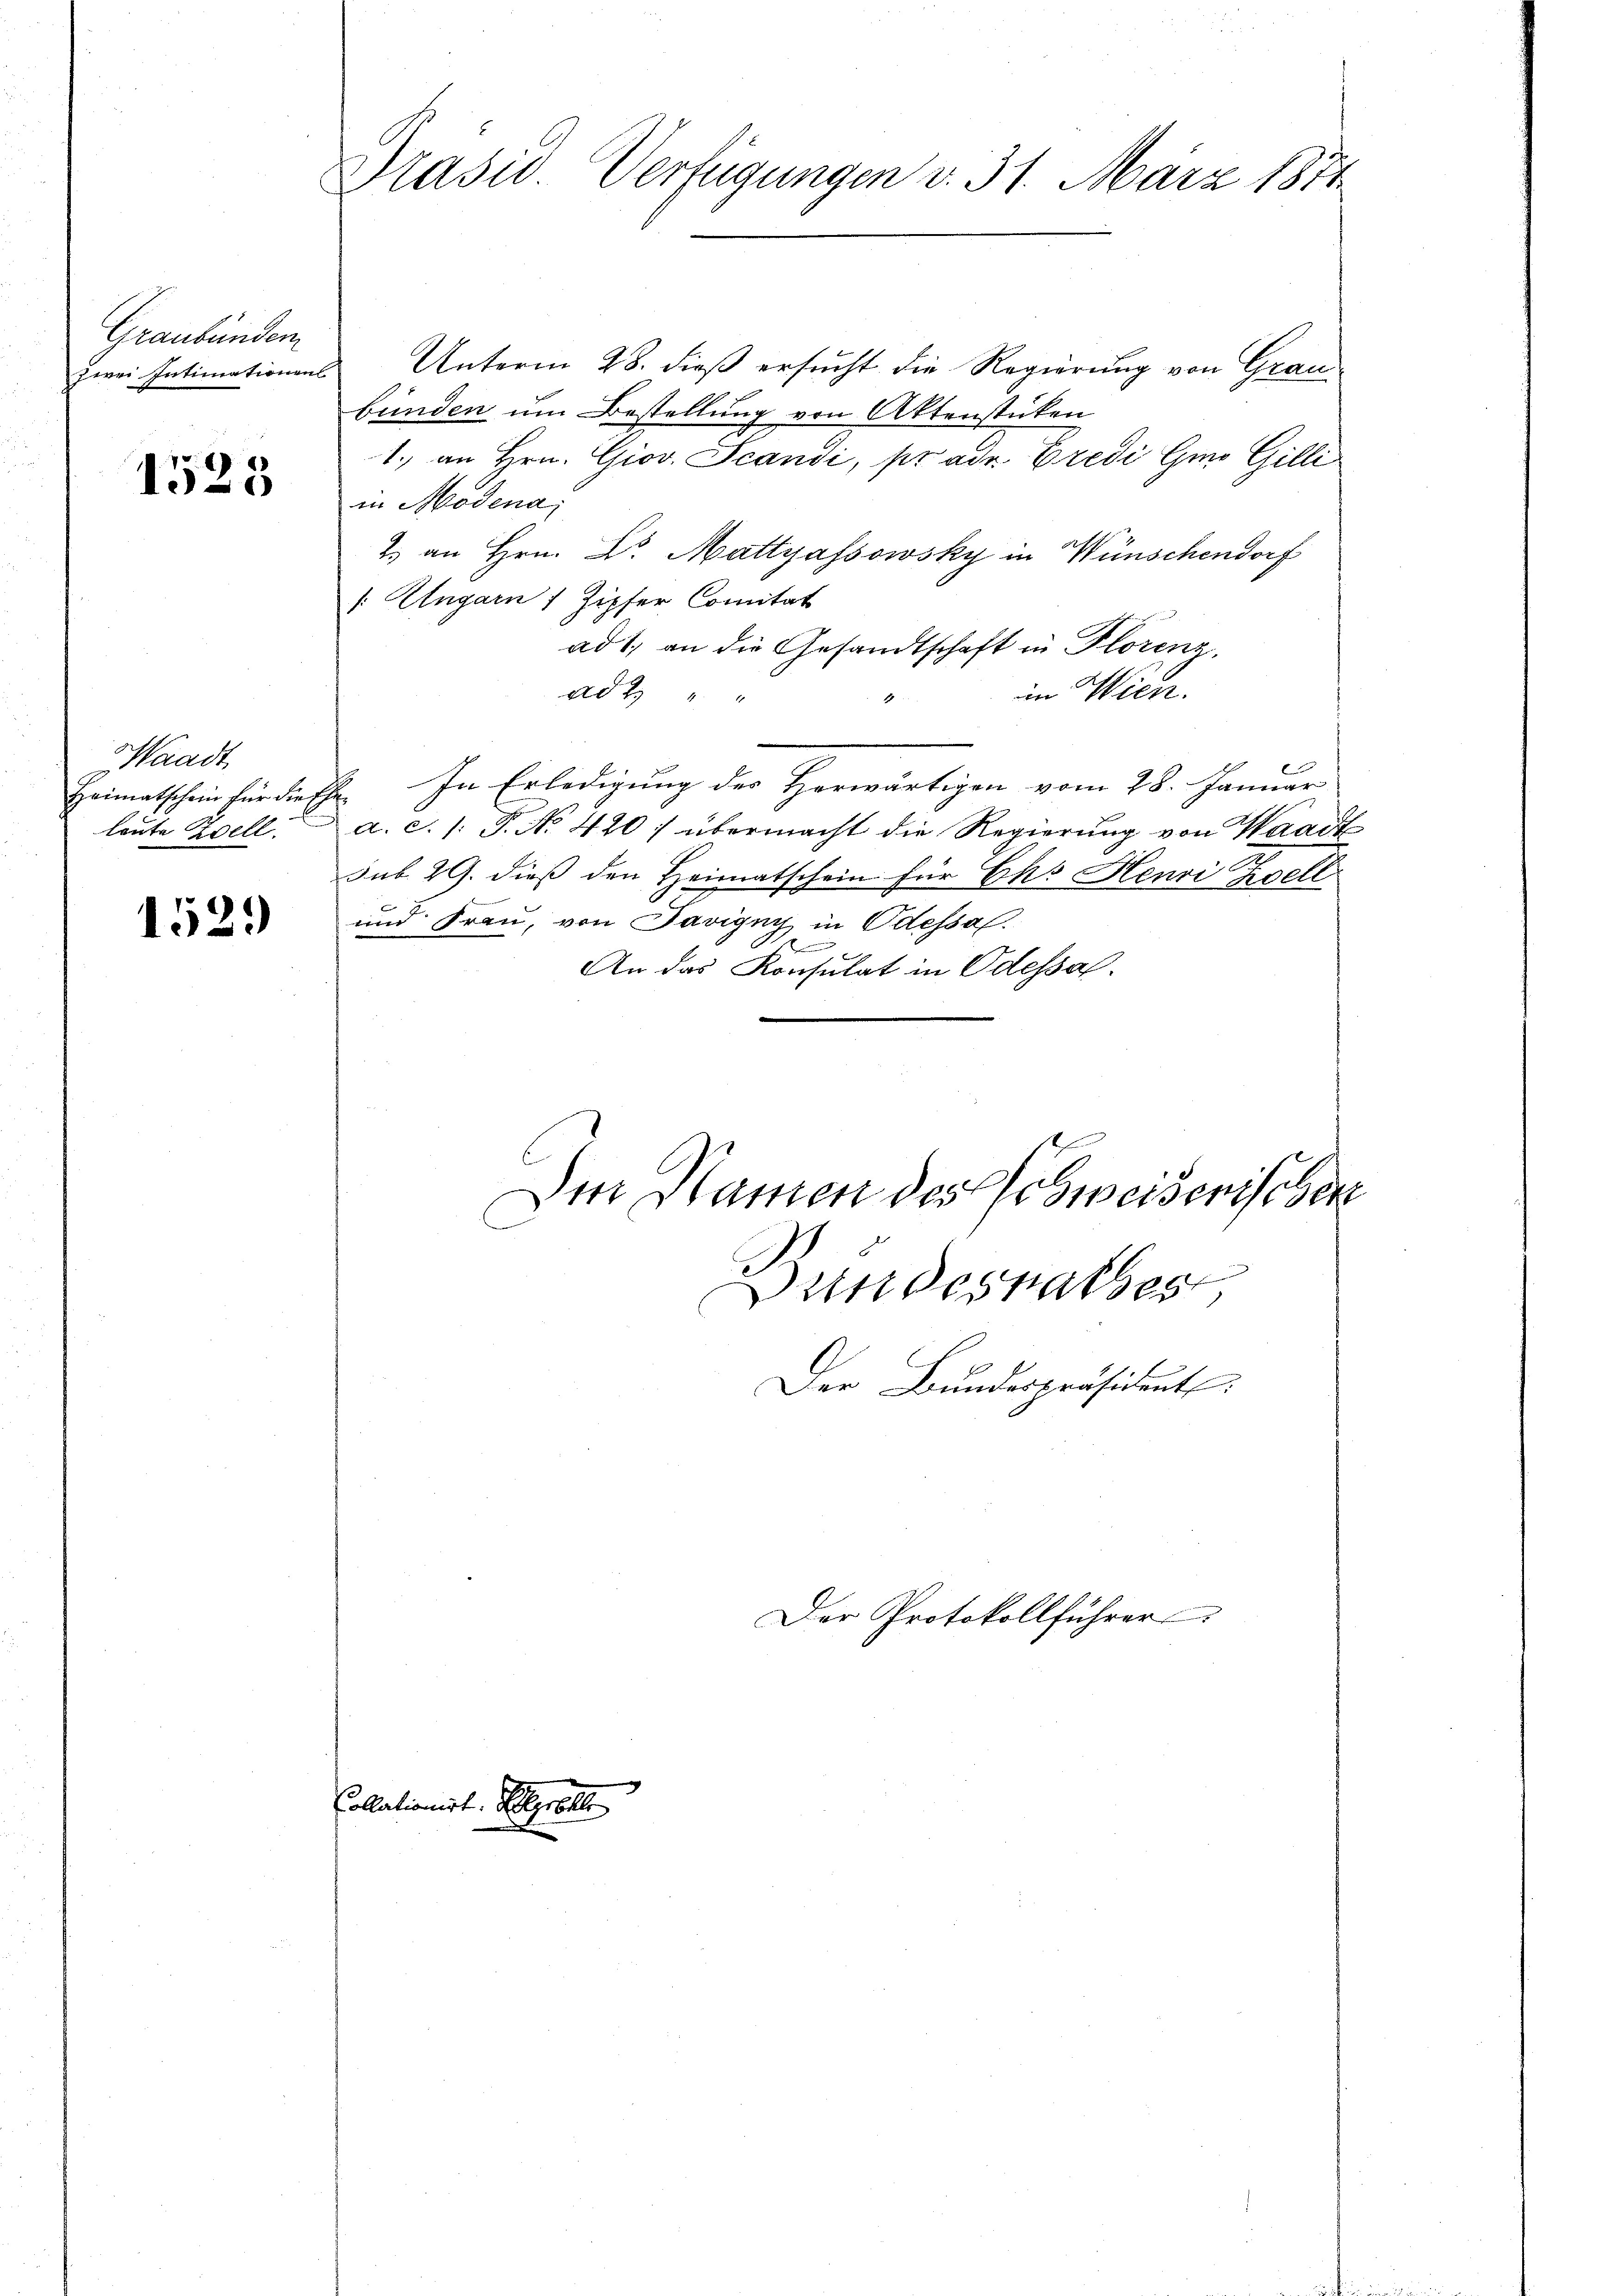
Graubünden
zwei Intimationen

1525

Waadt,
Heimatschein für dies
leute Zell.

1529

Präsid Verfügungen v. 31. März 1874

Unterm 28. dieß ersucht die Regierung von Graubünden um Bestellung von Aktenstücken
1. an Hrn. Giov. Scandi, pr ad Predi Gmo Gilli
in Modena,
2. an Hrn. Dr. Mattyassowsky in Wünschendorf
1: Ungarn / Zipfer Comitat
ad 1, an die Gesandtschaft in Florenz
im Wien.
ad 2) " "
In Erledigung des Horwärtigen vom 28. Januar
.
a. c. 1: P. No. 420; übermacht die Regierung von Waadt
n
sub 29. dieß den Heimatschein für Ch. Henri Zvell
und Frau, von Savigny in Odessal.
s
An das Konsulat in Odessal.
Den Namen des Schweisenischen

Collationirt. Allgroll

Bundesrathes

Der Bundespräsident:

Der Protokollführer